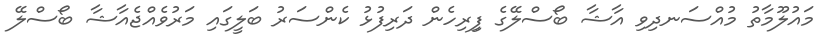
މައުލޫމާތު މުއްސަނދިވި އާޝާ ބޯސްލޭގެ ފިިރިހެން ދަރިފުޅު ކެންސަރު ބަލީގައި މަރުވެއްޖެއާޝާ ބޯސްލޭ